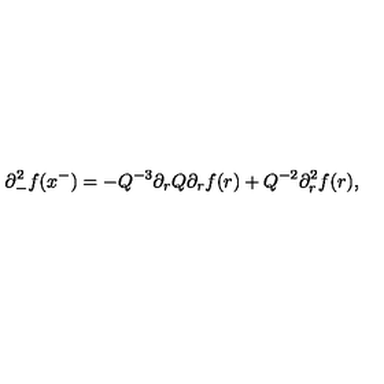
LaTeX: \partial _ { - } ^ { 2 } f ( x ^ { - } ) = - Q ^ { - 3 } \partial _ { r } Q \partial _ { r } f ( r ) + Q ^ { - 2 } \partial _ { r } ^ { 2 } f ( r ) ,